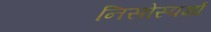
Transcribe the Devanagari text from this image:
निसोस्पर्मा